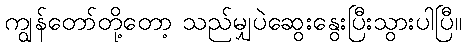
ကျွန်တော်တို့တော့ သည်မျှပဲဆွေးနွေးပြီးသွားပါပြီ။